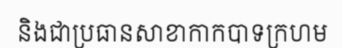
និងជាប្រធានសាខាកាកបាទក្រហម